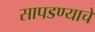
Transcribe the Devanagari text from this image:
सापडण्याचे